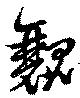
瓤